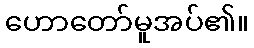
ဟောတော်မူအပ်၏။